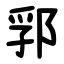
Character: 郛